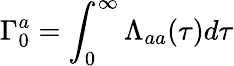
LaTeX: \Gamma_{0}^{a}=\int_{0}^{\infty}\Lambda_{aa}(\tau)d\tau